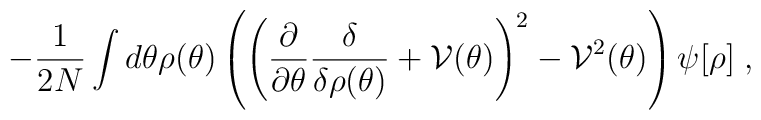
-\frac{1}{2N}\int d\theta\rho(\theta)\left(\left(\frac{\partial}{\partial\theta}\frac{\delta}{\delta\rho(\theta)}+{\cal V}(\theta)\right)^2 -{\cal V}^2(\theta)\right)\psi[\rho] \; ,